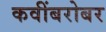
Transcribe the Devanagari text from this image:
कवींबरोबर